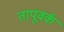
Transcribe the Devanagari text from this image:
तापूवर्क